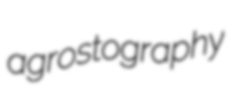
agrostography